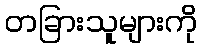
တခြားသူများကို